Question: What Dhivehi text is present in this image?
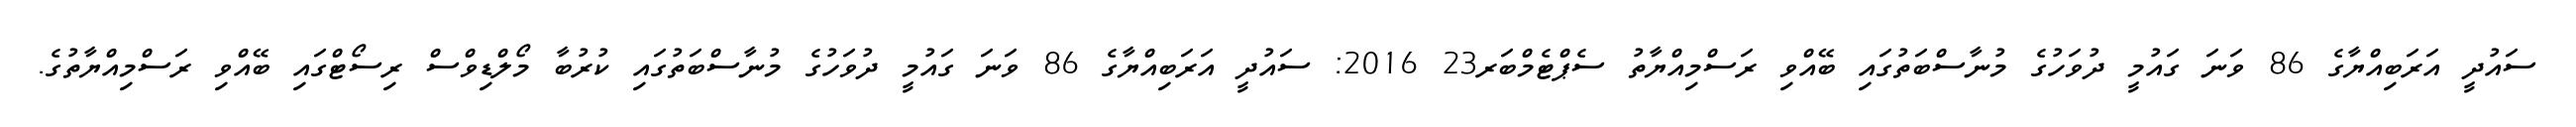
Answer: ސައުދީ އަރަބިއްޔާގެ 86 ވަނަ ގައުމީ ދުވަހުގެ މުނާސްބަތުގައި ބޭއްވި ރަސްމިއްޔާތު ސެޕްޓެމްބަރ23 2016: ސައުދީ އަރަބިއްޔާގެ 86 ވަނަ ގައުމީ ދުވަހުގެ މުނާސްބަތުގައި ކުރުބާ މޯލްޑިވްސް ރިސޯޓްގައި ބޭއްވި ރަސްމިއްޔާތުގެ.